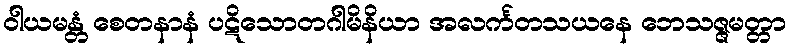
ဝါယမန္တံ စေတနာနံ ပဋိသောတဂါမိနိယာ အလင်္ကတသယနေ ဘေသဇ္ဇမတ္တာ